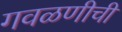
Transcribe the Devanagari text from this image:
गवळणीची